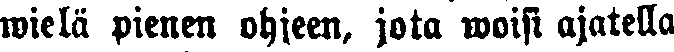
wielä pienen ohjeen, jota woisi ajatella